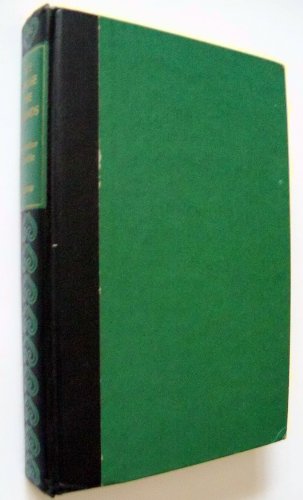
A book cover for We chose the islands;: A six-year adventure in the Gilberts; Arthur Francis Grimble; Travel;